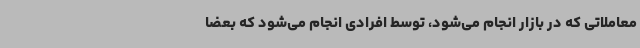
معاملاتی که در بازار انجام می‌شود، توسط افرادی انجام می‌شود که بعضا